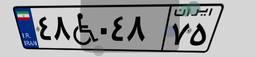
۱۳W۱۴۱۰۹